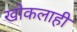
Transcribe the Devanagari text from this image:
खोकलाही